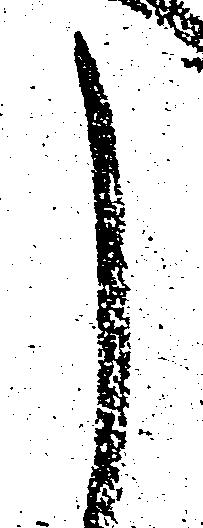
し